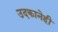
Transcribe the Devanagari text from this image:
उदकानेही